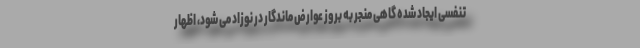
تنفسی ایجاد شده گاهی منجر به بروز عوارض ماندگار در نوزاد می شود، اظهار